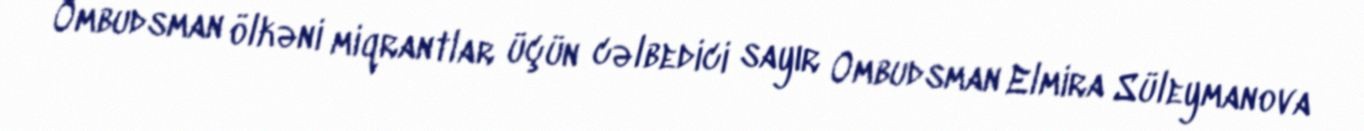
Ombudsman ölkəni miqrantlar üçün cəlbedici sayır Ombudsman Elmira Süleymanova